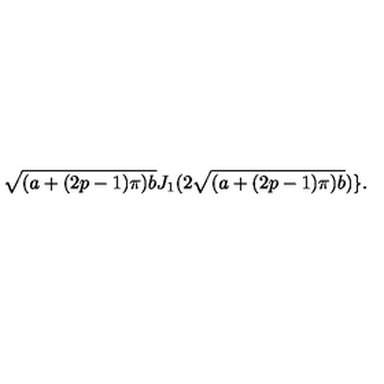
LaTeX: \sqrt { ( a + ( 2 p - 1 ) \pi ) b } J _ { 1 } ( 2 \sqrt { ( a + ( 2 p - 1 ) \pi ) b } ) \} .